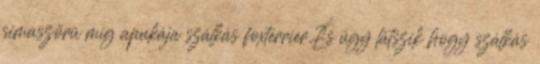
simaszörü míg apukája szálkás foxterrier.És úgy látszik hogy szálkás